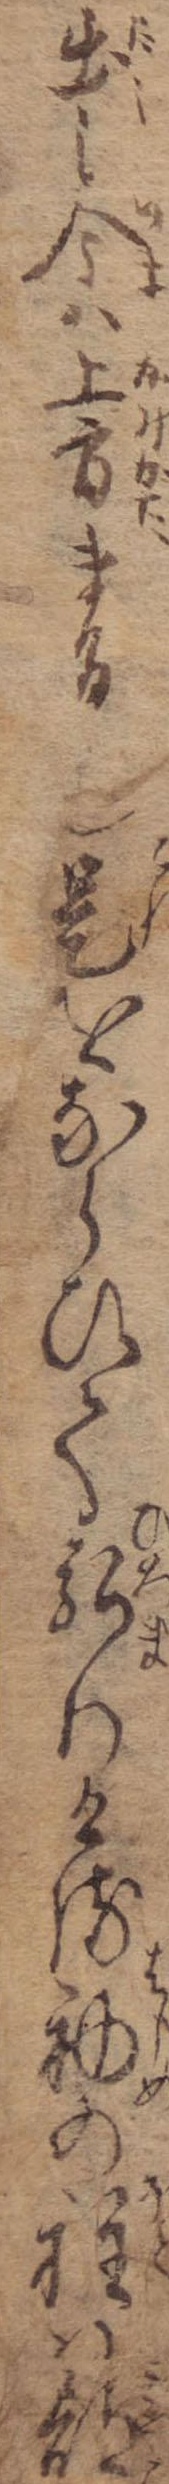
出し今は上方まけも是をならひて弘りける初の程は都